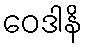
ဝေဒါနိ